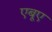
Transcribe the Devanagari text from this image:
एबूए